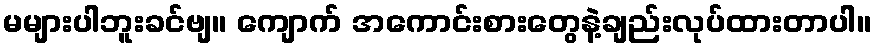
မများပါဘူးခင်ဗျ။ ကျောက် အကောင်းစားတွေနဲ့ချည်းလုပ်ထားတာပါ။